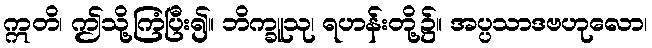
ဣတိ၊ ဤသို့ကြံပြီး၍။ ဘိက္ခူသု၊ ရဟန်းတို့၌။ အပ္ပသာဒဗဟုလော၊